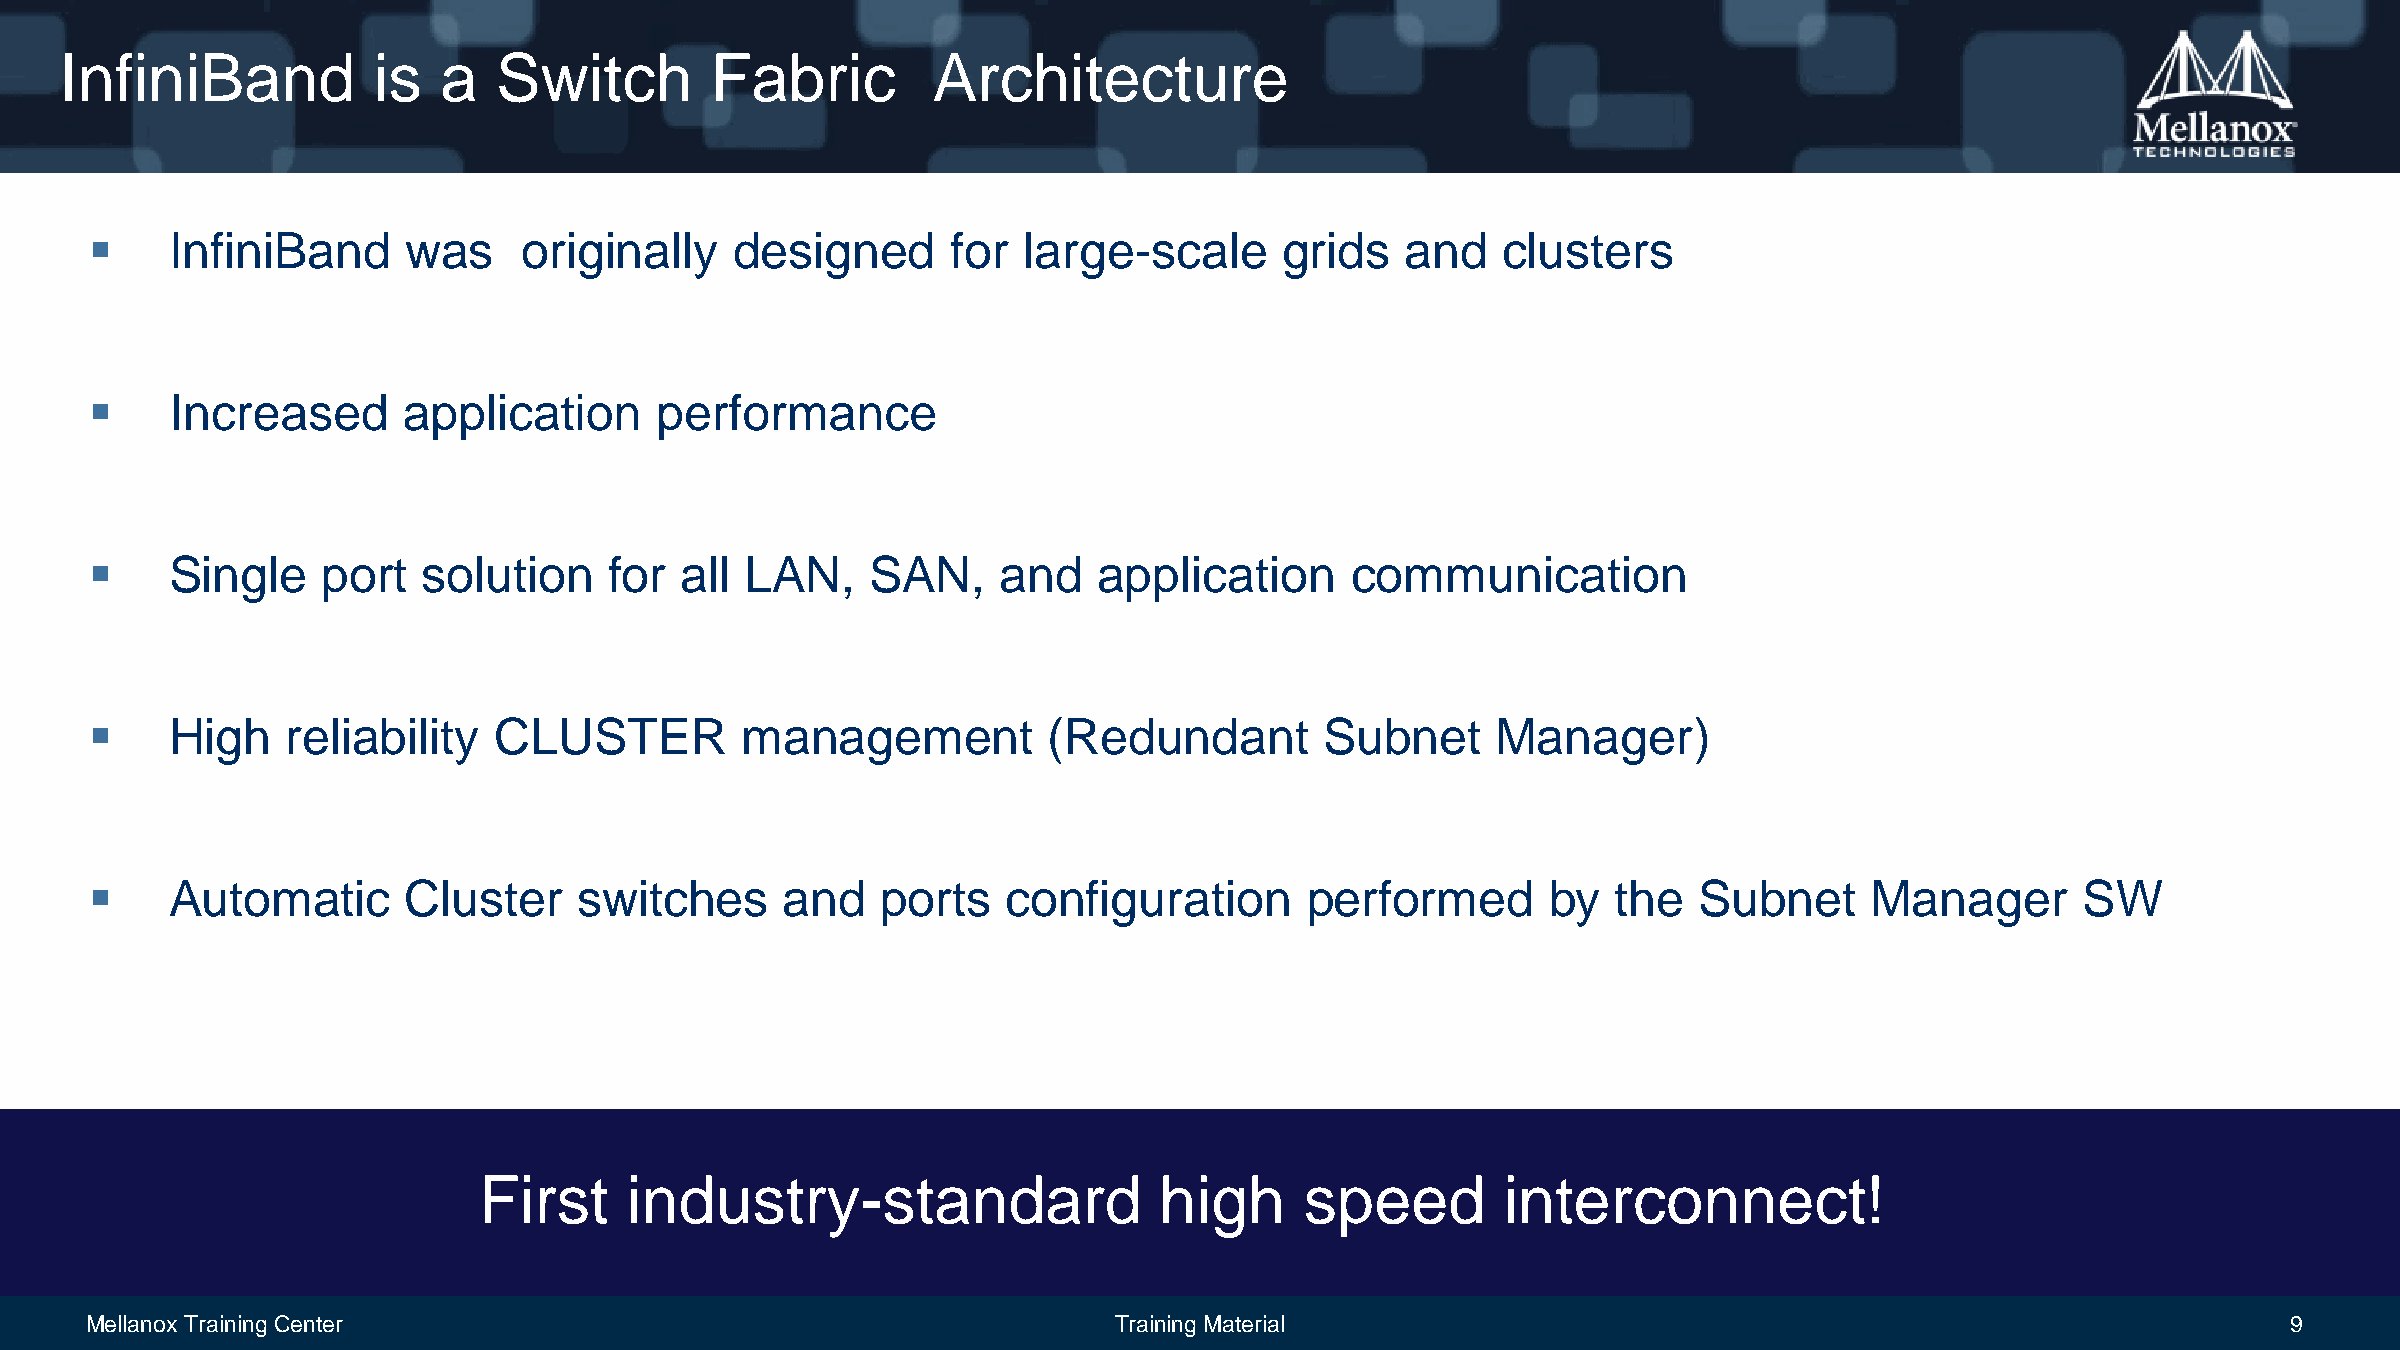
InfiniBand           is  a   Switch        Fabric         Architecture
     InfiniBand      was     originally    designed      for  large-scale      grids   and   clusters
     Increased       application     performance
     Single    port   solution    for  all LAN,     SAN,    and    application     communication
     High    reliability   CLUSTER         management          (Redundant         Subnet     Manager)
     Automatic       Cluster    switches      and   ports    configuration      performed        by  the  Subnet      Manager       SW
 First    industry-standard                   high     speed         interconnect!
 Mellanox Training Center                                            Training Material                                                             9